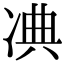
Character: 𠗘